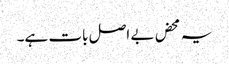
یہ محض بے اصل بات ہے۔